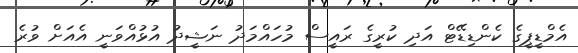
އެމްޑީޕީގެ ކެންޑިޑޭޓް އަދި ކުރީގެ ރައީސް މުހައްމަދު ނަޝީދު އުޅުއްވަނީ އެއަށް ވުރެ